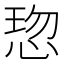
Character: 𢜍